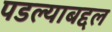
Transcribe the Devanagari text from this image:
पडल्याबद्दल